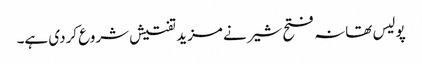
پولیس تھانہ فتح شیر نے مزید تفتیش شروع کردی ہے۔